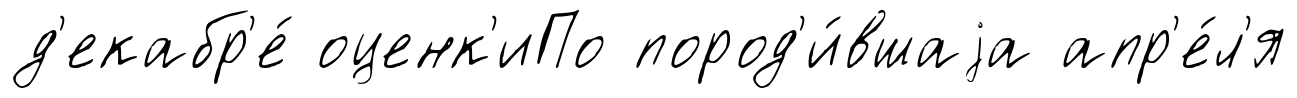
д'екабр'е́ оценк'иПо пород'и́вшаjа апр'е́л'я